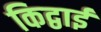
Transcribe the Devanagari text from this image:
किद्वाई